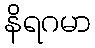
နိရဂမာ